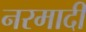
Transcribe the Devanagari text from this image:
नरमादी